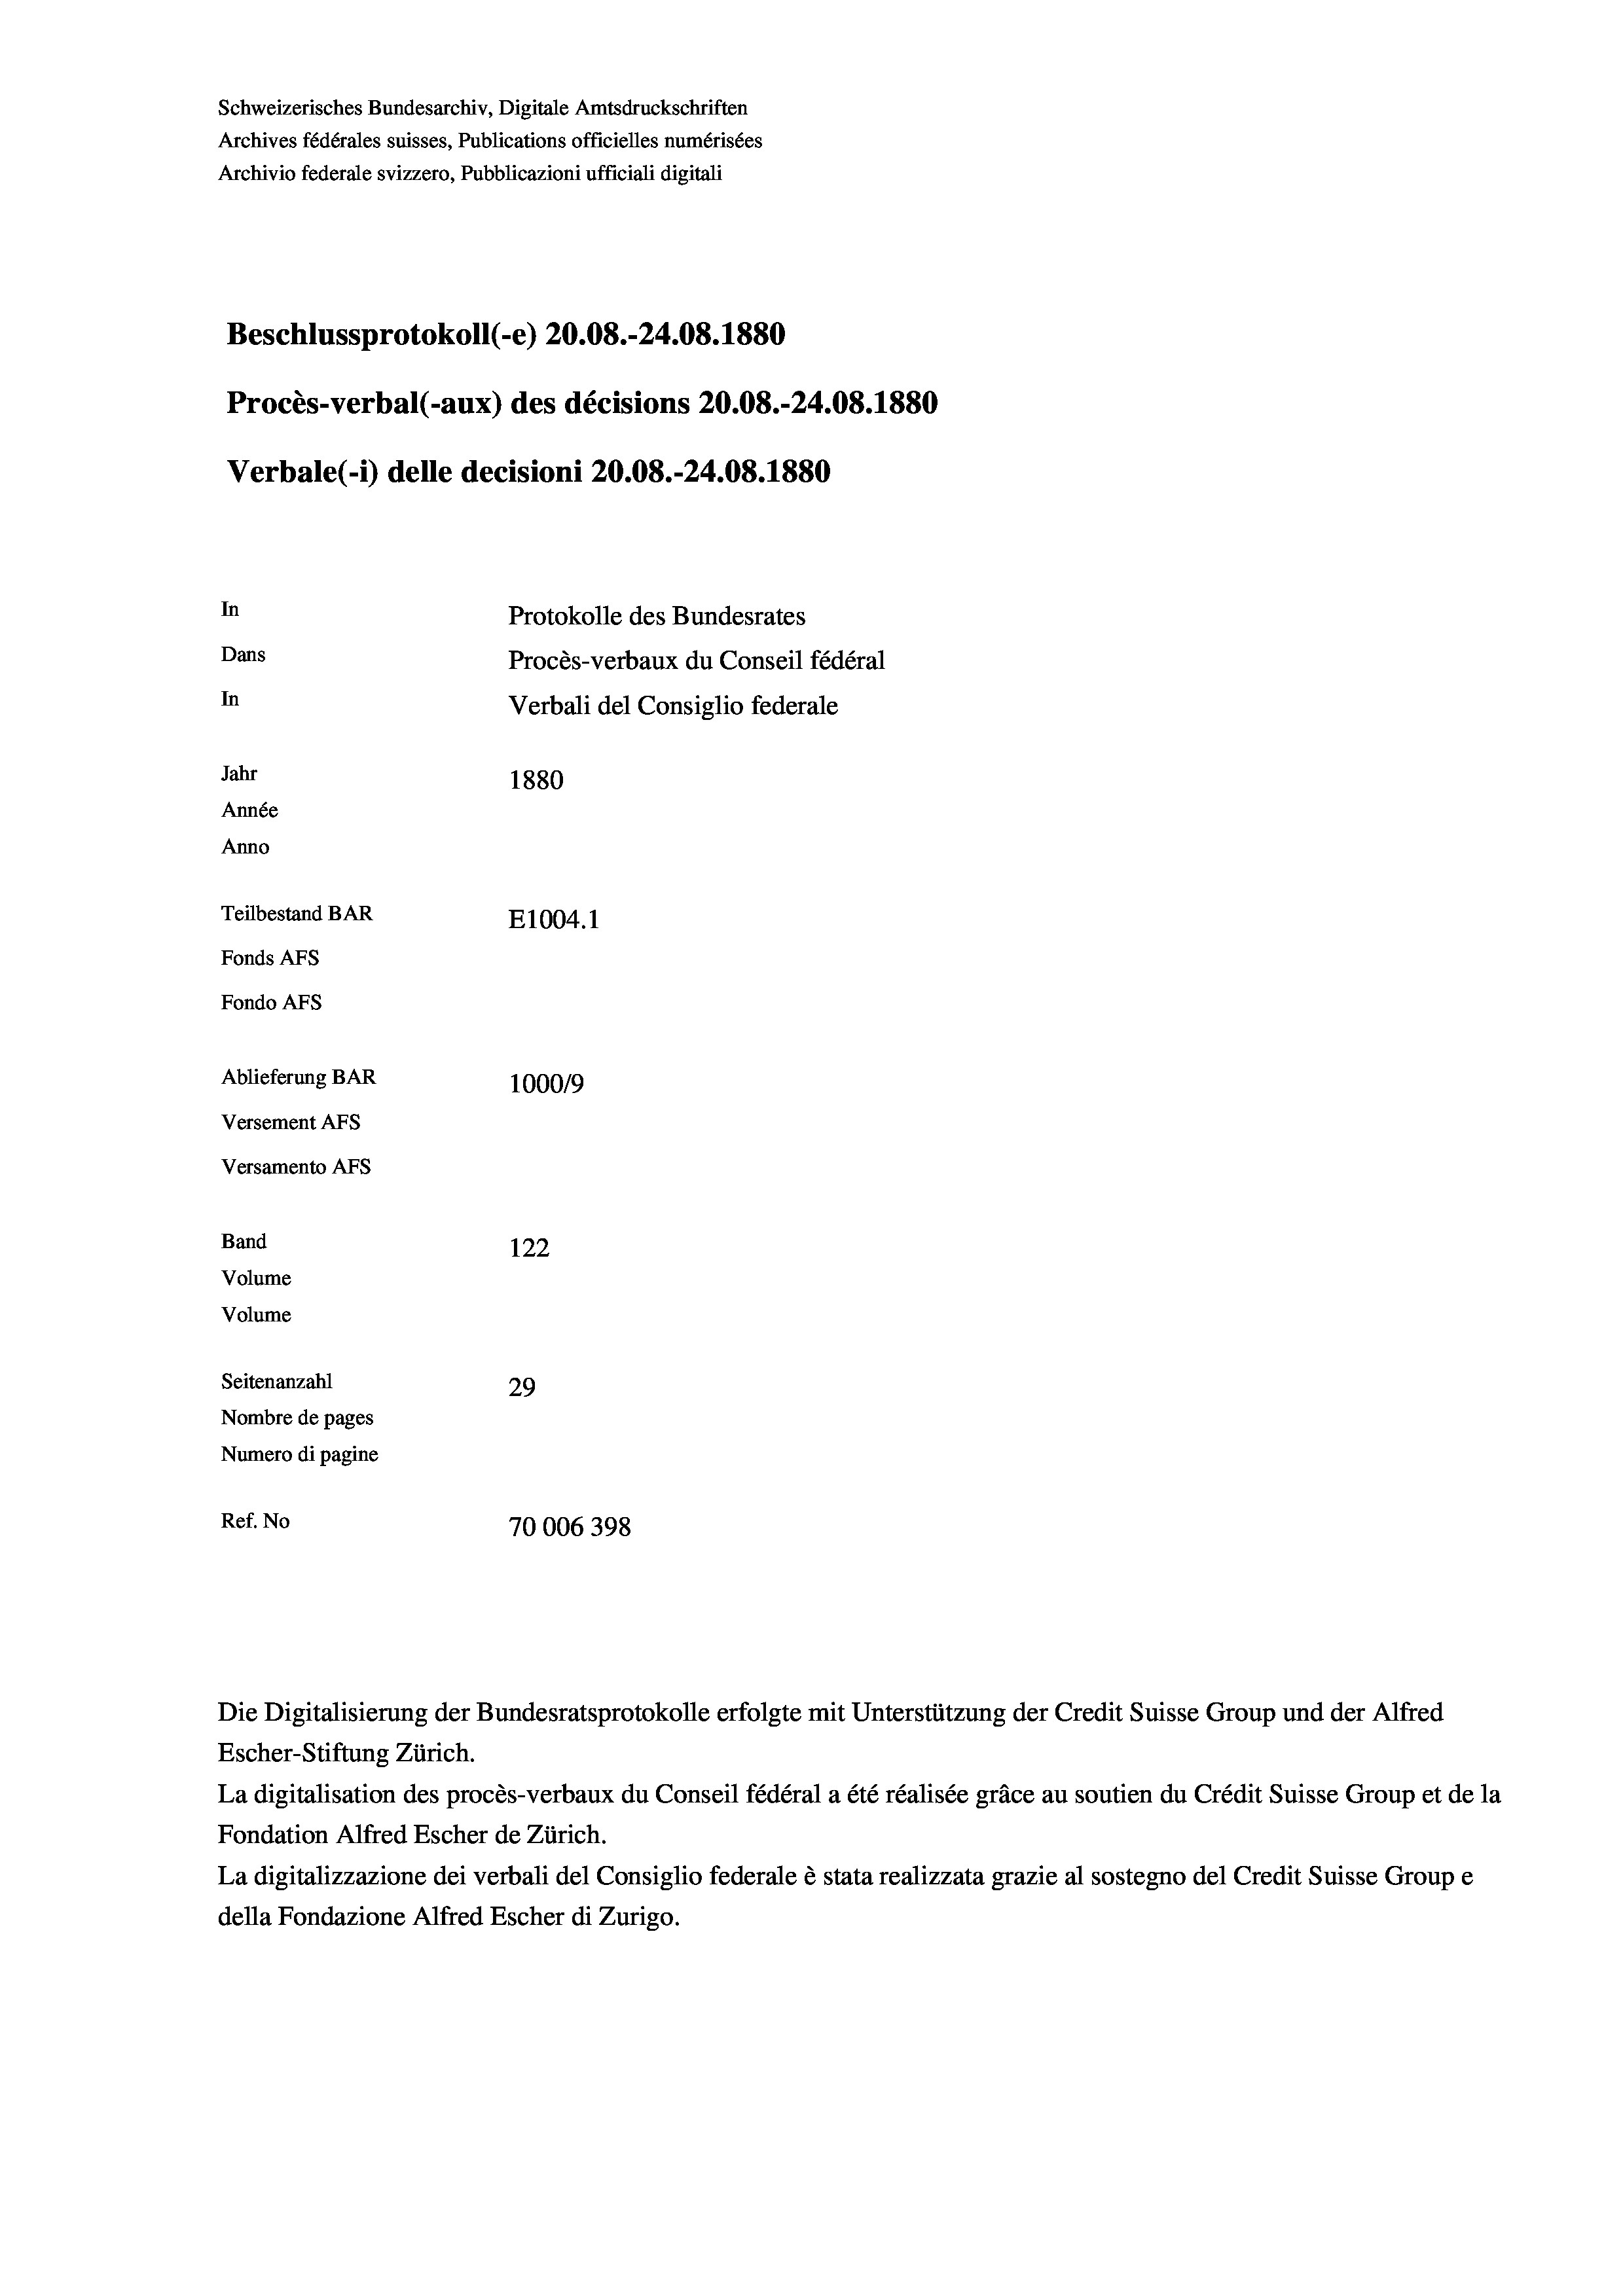
Schweizerisches Bundesarchiv, Digitale Amtsdruckschriften
Archives fédérales suisses, Publications officielles numérisées
Archivio federale svizzero, Pubblicazioni ufficiali digitali
Beschlussprotokoll (-e) 20.08.-24.08. 1880
Procès-verbal (-aux) des décisions 20.08.-24.08. 1880
Verbale(-*) delle decisioni 20.08.-24.08. 1880
In
Protokolle des Bundesrates
Dans
Procès-verbaux du Conseil fédéral
In
Verbali del Consiglio federale
Jahr
1880
Année
Anno
Teilbestand BAR
E1004.1
Fonds AFs
Fondo AFS
Ablieferung BAR
100019
Versement AFs
Versamento AFs
Band
122
Volume
Volume
Seitenanzahl
29
Nombre de pages
Numero di pagine
Ref. No
70006398

Escher-Stiftung Zürich.
La digitalisation des procès-verbaux du Conseil fédéral a été réalisée gräce au soutien du Crédit Suisse Group et de la
Fondation Alfred Escher de Zürich.
La digitalizzazione dei verbali del Consiglio federale è stata realizzata grazie al sostegno del Credit Suisse Groupe
della Fondazione Alfred Escher di Zurigo.

Die Digitalisierung der Bundesratsprotokolle erfolgte mit Unterstützung der Credit Suisse Group und der Alfred